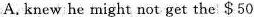
A.knew he might not get the $50